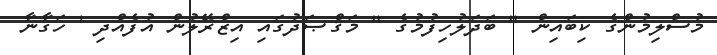
މުސްލިމުންގެ ކިބައިން " ބަދަލުހިފުމުގެ " މަޤްޞަދުގައި އިޒްރޭލުން އުފެއްދި ' ހަގާނާ